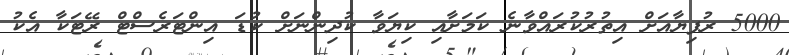
5000 ރުފިޔާއަށް އިތުރުކުރައްވާނެ ކަމަށާއި ކިޔަވާ ކުދިންނަށް ކުޑަ އިންޓަރެސްޓް ރޭޓަކާ އެކު